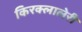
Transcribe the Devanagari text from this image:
किरक्लालेरी